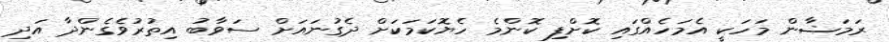
ރަމަޟާން މަހަކީ އެމަހެއްގައި ކޮށްފި ކޮންމެ ހެޔޮކަމަކަށް ދެގުނައަށް ސަވާބު އިތުރުވެގެންދާ އަދި